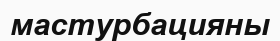
мастурбацияны